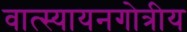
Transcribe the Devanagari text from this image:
वात्स्यायनगोत्रीय